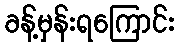
ခန့်မှန်းရကြောင်း